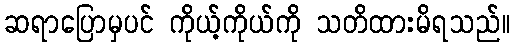
ဆရာပြောမှပင် ကိုယ့်ကိုယ်ကို သတိထားမိရသည်။